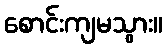
စောင်းကျမသွား။